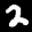
Label: 2